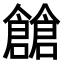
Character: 𠑐